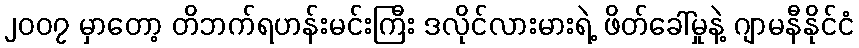
၂၀၀၇ မှာတော့ တိဘက်ရဟန်းမင်းကြီး ဒလိုင်လားမားရဲ့ ဖိတ်ခေါ်မှုနဲ့ ဂျာမနီနိုင်ငံ